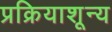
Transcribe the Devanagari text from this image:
प्रक्रियाशून्‍य